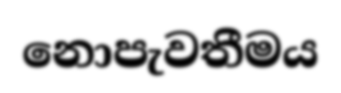
නොපැවතීමය